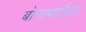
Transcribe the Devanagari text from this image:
बोनापार्टला